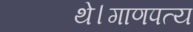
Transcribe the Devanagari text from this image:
थे।गाणपत्य